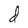
Character: d